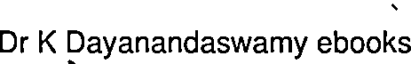
Dr K Dayanandaswamy ebooks